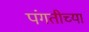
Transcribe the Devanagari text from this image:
पंगतीच्या